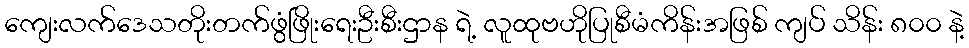
ကျေးလက်ဒေသတိုးတက်ဖွံဖြိုးရေးဦးစီးဌာန ရဲ့ လူထုဗဟိုပြုစီမံကိန်းအဖြစ် ကျပ် သိန်း ၈၀၀ နဲ့